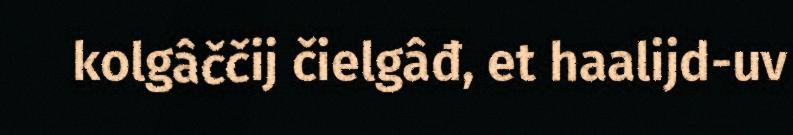
kolgâččij čielgâđ, et haalijd-uv